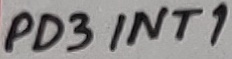
Text: PD3 INT1